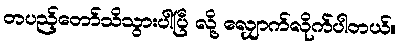
တပည့်တော်သိသွားပါပြီ လို့ လျှောက်လိုက်ပါတယ်။